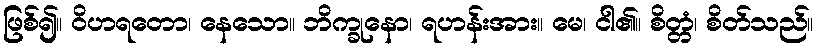
ဖြစ်၍။ ဝိဟရတော၊ နေသော။ ဘိက္ခုနော၊ ရဟန်းအား။ မေ၊ ငါ၏။ စိတ္တံ၊ စိတ်သည်။